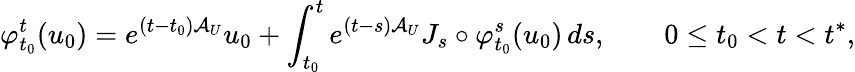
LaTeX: \varphi_{t_{0}}^{t}(u_{0})=e^{(t-t_{0})\mathcal{A}_{U}}u_{0}+\int_{t_{0}}^{t}e^{(t-s)\mathcal{A}_{U}}J_{s}\circ\varphi_{t_{0}}^{s}(u_{0})\, ds,\qquad 0\leq t_{0}<t<t^{*},